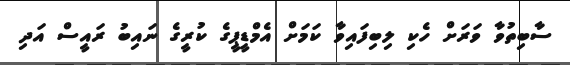
ސާބިތުވާ ވަރަށް ހެކި ލިބިފައިވާ ކަމަށް އެމްޑީޕީގެ ކުރީގެ ނައިބު ރައީސް އަދި